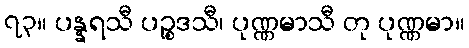
၇၃။ ပန္နရသီ ပဉ္စဒသီ၊ ပုဏ္ဏမာသီ တု ပုဏ္ဏမာ။